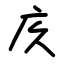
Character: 㡱